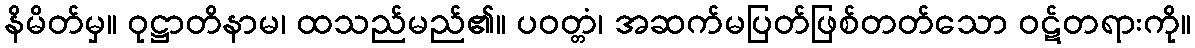
နိမိတ်မှ။ ဝုဋ္ဌာတိနာမ၊ ထသည်မည်၏။ ပဝတ္တံ၊ အဆက်မပြတ်ဖြစ်တတ်သော ဝဋ်တရားကို။